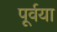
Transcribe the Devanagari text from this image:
पूर्वया